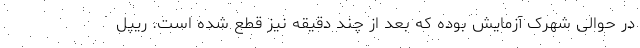
در حوالی شهرک آزمایش بوده که بعد از چند دقیقه نیز قطع شده است. ریپل